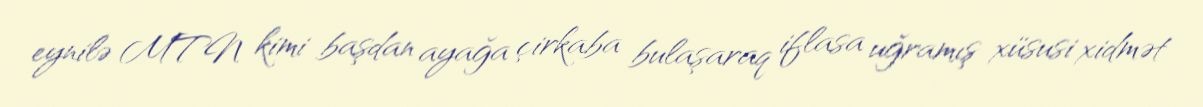
eynilə MTN kimi başdan ayağa çirkaba bulaşaraq iflasa uğramış xüsusi xidmət